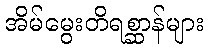
အိမ်မွေးတိရစ္ဆာန်များ